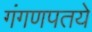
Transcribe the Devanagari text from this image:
गंगणपतये